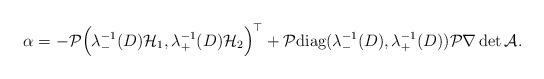
LaTeX: \begin{align*} \alpha=-\mathcal{P}\Big(\lambda_{-}^{-1}(D)\mathcal{H}_1, \lambda_{+}^{-1}(D)\mathcal{H}_2\Big)^\top+\mathcal{P}\textrm{diag}(\lambda_{-}^{-1}(D), \lambda_{+}^{-1}(D))\mathcal{P}\nabla\det\mathcal{A}.\end{align*}